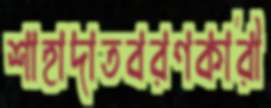
শাহাদাতবরণকারী